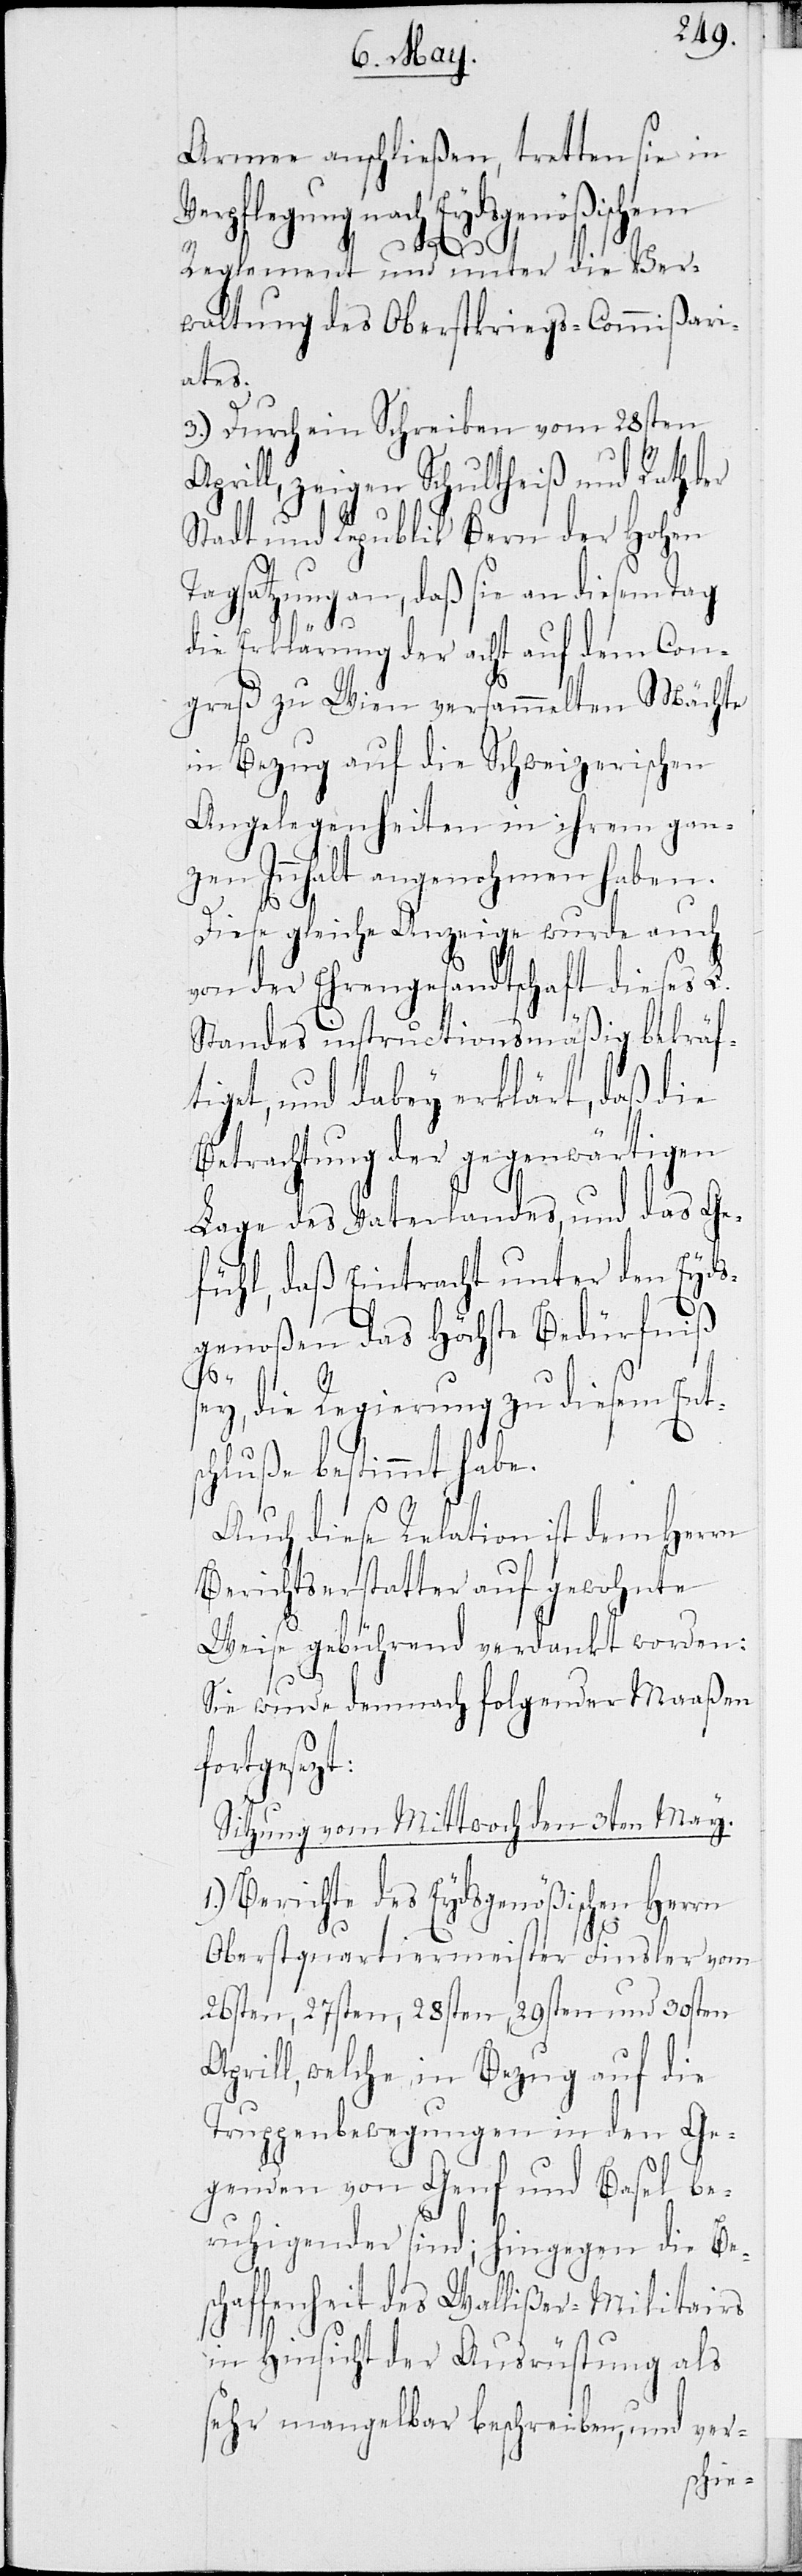
mee anschließen, tretten sie in
Verpflegung nach Eydsgenößischem
Reglement und unter die Ver¬
waltung des Oberstkriegs-Commißari¬
ates.
3.) Durch ein Schreiben vom 28sten
Aprill, zeigen Schultheiß und Rath d¬
Stadt und Republik Bern der Hohen
Tagsatzung an, daß sie an diesem Tag
die Erklärung der acht auf dem Con¬
greß zu Wien versammelten Mächte
in Bezug auf die Schweizerischen
Angelegenheiten in ihrem gan¬
zen Innhalt angenohmen haben.
Diese gleiche Anzeige wurde auch
von der Ehrengesandtschaft dieses L.
Standes instructionsmäßig bekräf¬
tiget, und dabey erklärt, daß die
Betrachtung der gegenwärtigen
Lage des Vaterlandes, und das Ge¬
fühl, daß Eintracht unter den Eyds¬
genoßen das Höchste Bedürfniß
s¬
ey, die Regierung zu diesem Ent¬
schluße bestimmt habe.
zt:
Auch diese Relation ist dem Herrn
Berichtserstatter auf gewohnte
Weise gebührend verdankt worden:
Sie wurde demnach folgender Maaßen
fortgeset¬
Sitzung vom Mittwoch den 3ten May.
1.) Berichte des Eydsgenößischen
Oberstquartiermeister Finsler vom
26sten, 27sten, 28sten, 29sten und 30sten
Aprill, welche in Bezug auf die
Truppenbewegungen in den Ge¬
genden von Genf und Basel be¬
ruhigender sind; hingegen die Be¬
schaffenheit des Wallißer-Militairs
in Hinsicht der Ausrüstung als
sehr mangelbar beschreiben, und ver-